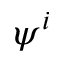
\psi ^ { i }